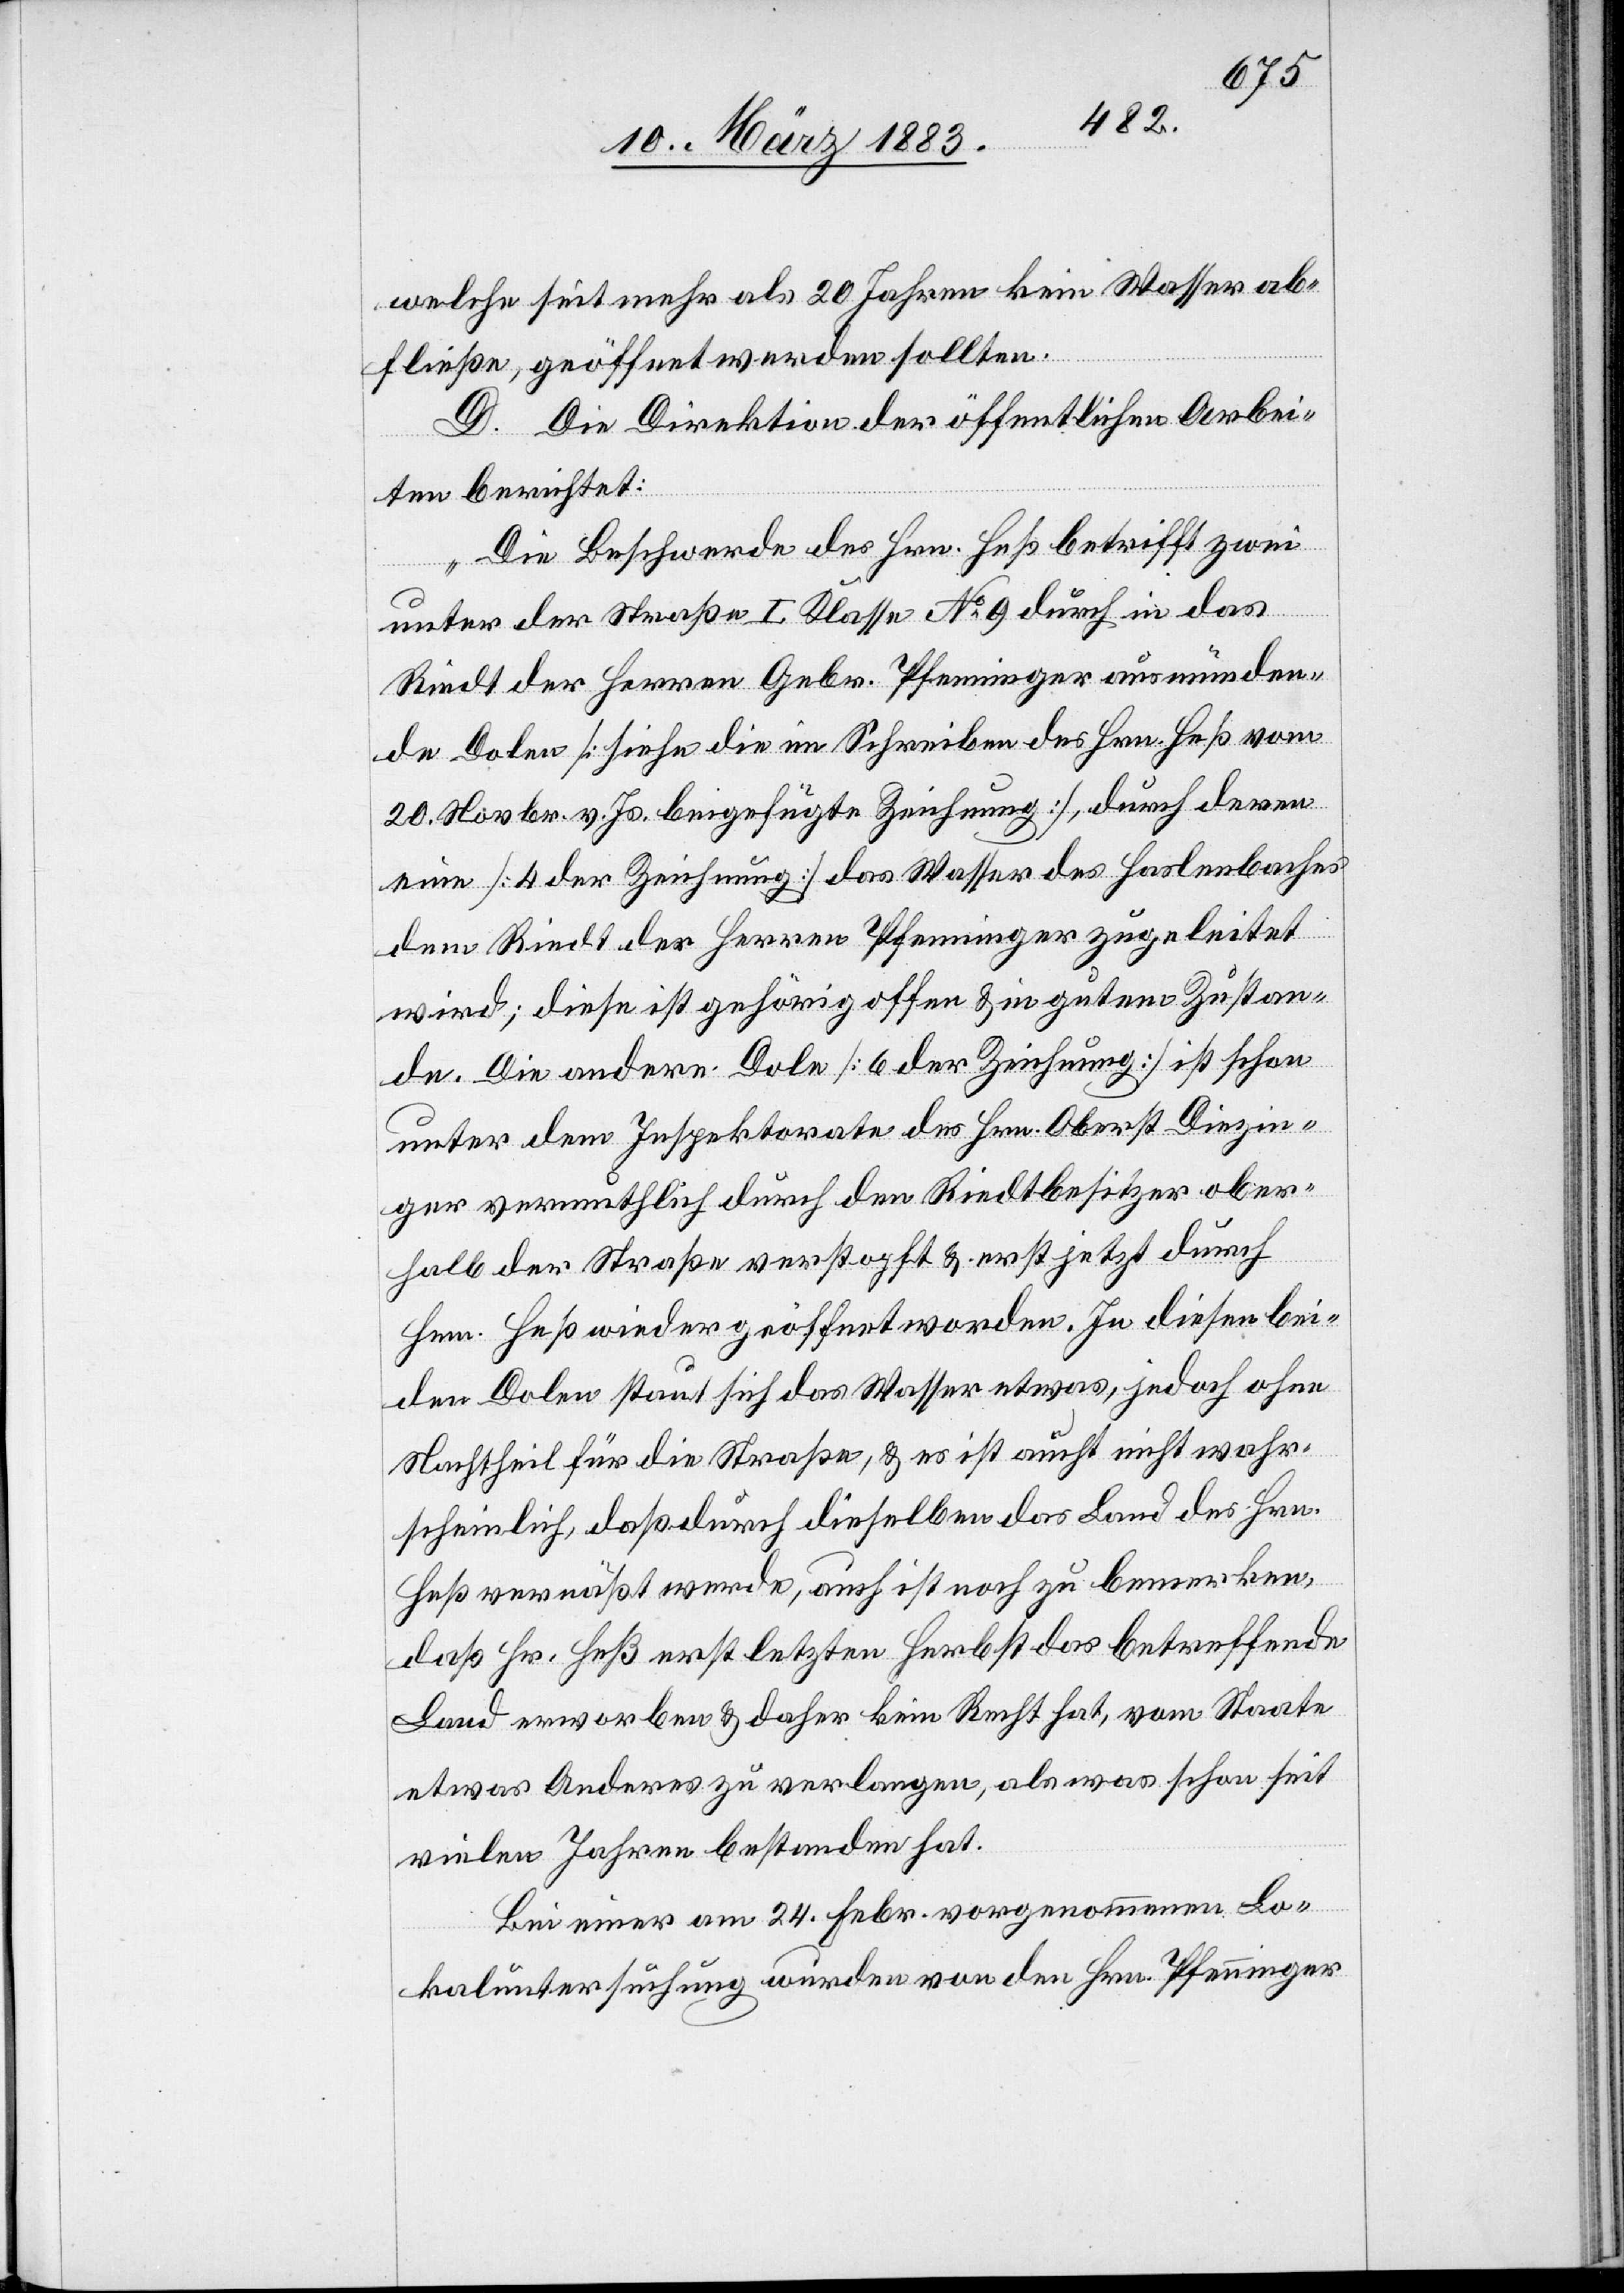
Js.
hat die Direktion der öffentlichen Arbei¬
Januar
2